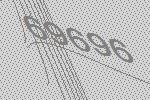
69696